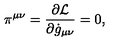
\pi ^ { \mu \nu } = \frac { \partial { \cal L } } { \partial \dot { g } _ { \mu \nu } } = 0 ,